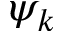
\psi _ { k }